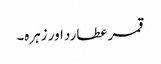
قمر عطارد اور زہرہ۔